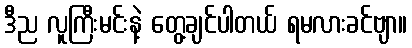
ဒီည လူကြီးမင်းနဲ့ တွေ့ချင်ပါတယ် ရမလားခင်ဗျာ။